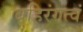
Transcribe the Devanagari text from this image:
बहिरंगत्वं